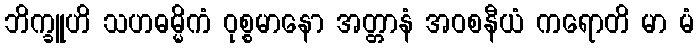
ဘိက္ခူဟိ သဟဓမ္မိကံ ဝုစ္စမာနော အတ္တာနံ အဝစနီယံ ကရောတိ မာ မံ